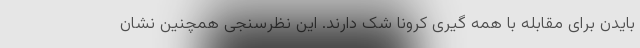
بایدن برای مقابله با همه گیری کرونا شک دارند. این نظرسنجی همچنین نشان